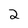
Character: 2